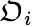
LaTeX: \mathfrak{O}_{i}